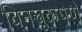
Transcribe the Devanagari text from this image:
बिनचूकपणे